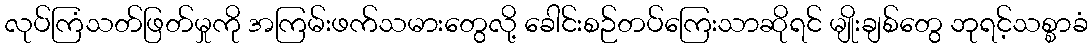
လုပ်ကြံသတ်ဖြတ်မှုကို အကြမ်းဖက်သမားတွေလို့ ခေါင်းစဉ်တပ်ကြေးသာဆိုရင် မျိုးချစ်တွေ ဘုရင့်သစ္စာခံ